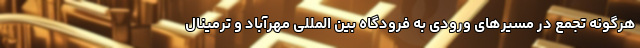
هرگونه تجمع در مسیرهای ورودی به فرودگاه بین المللی مهرآباد و ترمینال